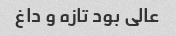
عالی بود تازه و داغ